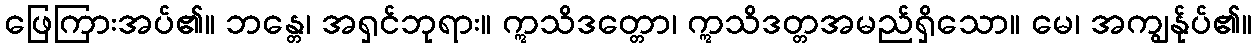
ဖြေကြားအပ်၏။ ဘန္တေ၊ အရှင်ဘုရား။ ဣသိဒတ္တော၊ ဣသိဒတ္တအမည်ရှိသော။ မေ၊ အကျွန်ုပ်၏။